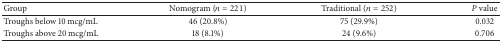
<table><thead><tr><td><b>Group </b></td><td><b>Nomogram (<i>n</i> = 221)</b></td><td><b>Traditional (<i>n</i> = 252)</b></td><td><b><i>P</i> value</b></td></tr></thead><tbody><tr><td>Troughs below 10 mcg/mL </td><td>46 (20.8%)</td><td>75 (29.9%)</td><td>0.032</td></tr><tr><td>Troughs above 20 mcg/mL</td><td>18 (8.1%)</td><td>24 (9.6%)</td><td>0.706</td></tr></tbody></table>